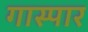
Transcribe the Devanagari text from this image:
गास्पार